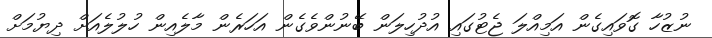
ނުޒުހާ ގޮވައިގެން އަމިއްލަ ޖެޓުގައި އުދުހިލަން ބޭނުންވެގެން އަހަރެން މާލެއިން ހުލުލެއަށް ދިޔުމަށް